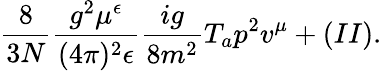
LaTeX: {\frac{8}{3N}}{\frac{g^{2}\mu^{\epsilon}}{(4\pi)^{2}\epsilon}}{\frac{ig}{8m^{2}}}T_{a}p^{2}v^{\mu}+(II).